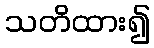
သတိထား၍